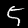
Digit: 5